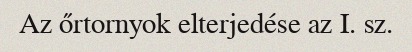
Az őrtornyok elterjedése az I. sz.